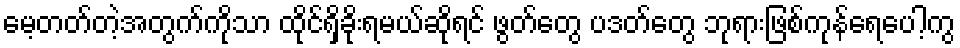
မေ့တတ်တဲ့အတွက်ကိုသာ ထိုင်ရှိခိုးရမယ်ဆိုရင် ဖွတ်တွေ ပဒတ်တွေ ဘုရားဖြစ်ကုန်ရေပေါ့ကွ